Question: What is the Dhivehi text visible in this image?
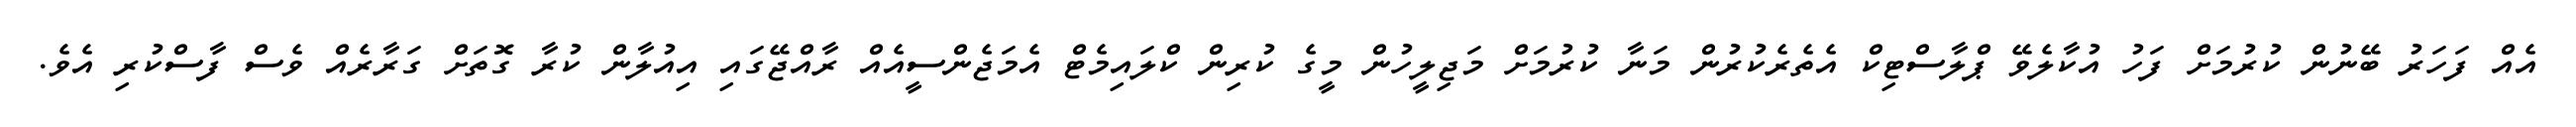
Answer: އެއް ފަހަރު ބޭނުން ކުރުމަށް ފަހު އުކާލެވޭ ޕްލާސްޓިކް އެތެރެކުރުން މަނާ ކުރުމަށް މަޖިލީހުން މީގެ ކުރިން ކްލައިމެޓް އެމަޖެންސީއެއް ރާއްޖޭގައި އިއުލާން ކުރާ ގޮތަށް ގަރާރެއް ވެސް ފާސްކުރި އެވެ.